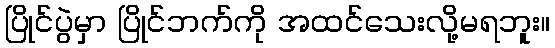
ပြိုင်ပွဲမှာ ပြိုင်ဘက်ကို အထင်သေးလို့မရဘူး။